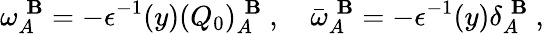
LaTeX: \omega_{A}^{\; \mathbf{B}}=-\epsilon^{-1}(y)(Q_{0})_{A}^{\; \mathbf{B}}\ ,\quad\bar{{\omega}}_{A}^{\; \mathbf{B}}=-\epsilon^{-1}(y)\delta_{A}^{\; \mathbf{B}}\ ,